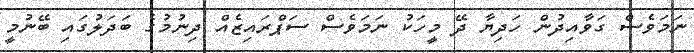
ނަމަވެސް ގަވާއިދުން ހަދިޔާ ދޭ މީހަކު ނަމަވެސް ސަޕްރައިޒެއް ދިނުމުގެ ބަދަލުގައި ބޭނުމީ